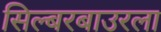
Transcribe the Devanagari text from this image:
सिल्बरबाउरला